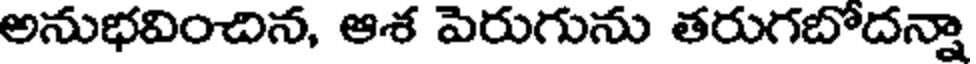
అనుభవించిన, ఆశ పెరుగును తరుగబోదన్నా